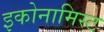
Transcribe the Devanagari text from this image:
इकोनामिस्ट